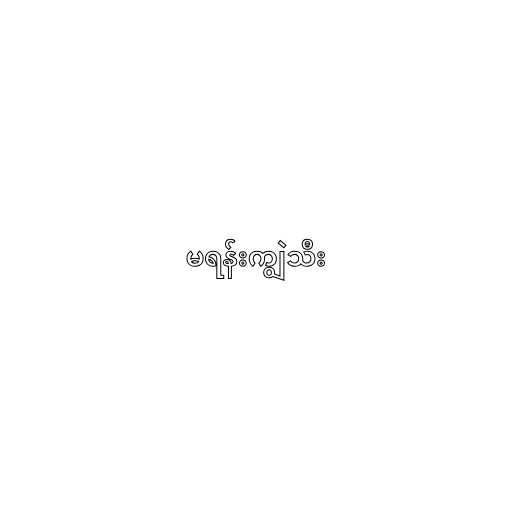
မရန်းကျွဲသီး